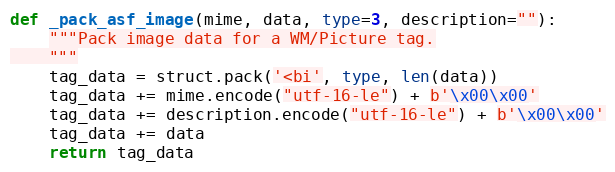
Language: Python
def _pack_asf_image(mime, data, type=3, description=""):
    """Pack image data for a WM/Picture tag.
    """
    tag_data = struct.pack('<bi', type, len(data))
    tag_data += mime.encode("utf-16-le") + b'\x00\x00'
    tag_data += description.encode("utf-16-le") + b'\x00\x00'
    tag_data += data
    return tag_data